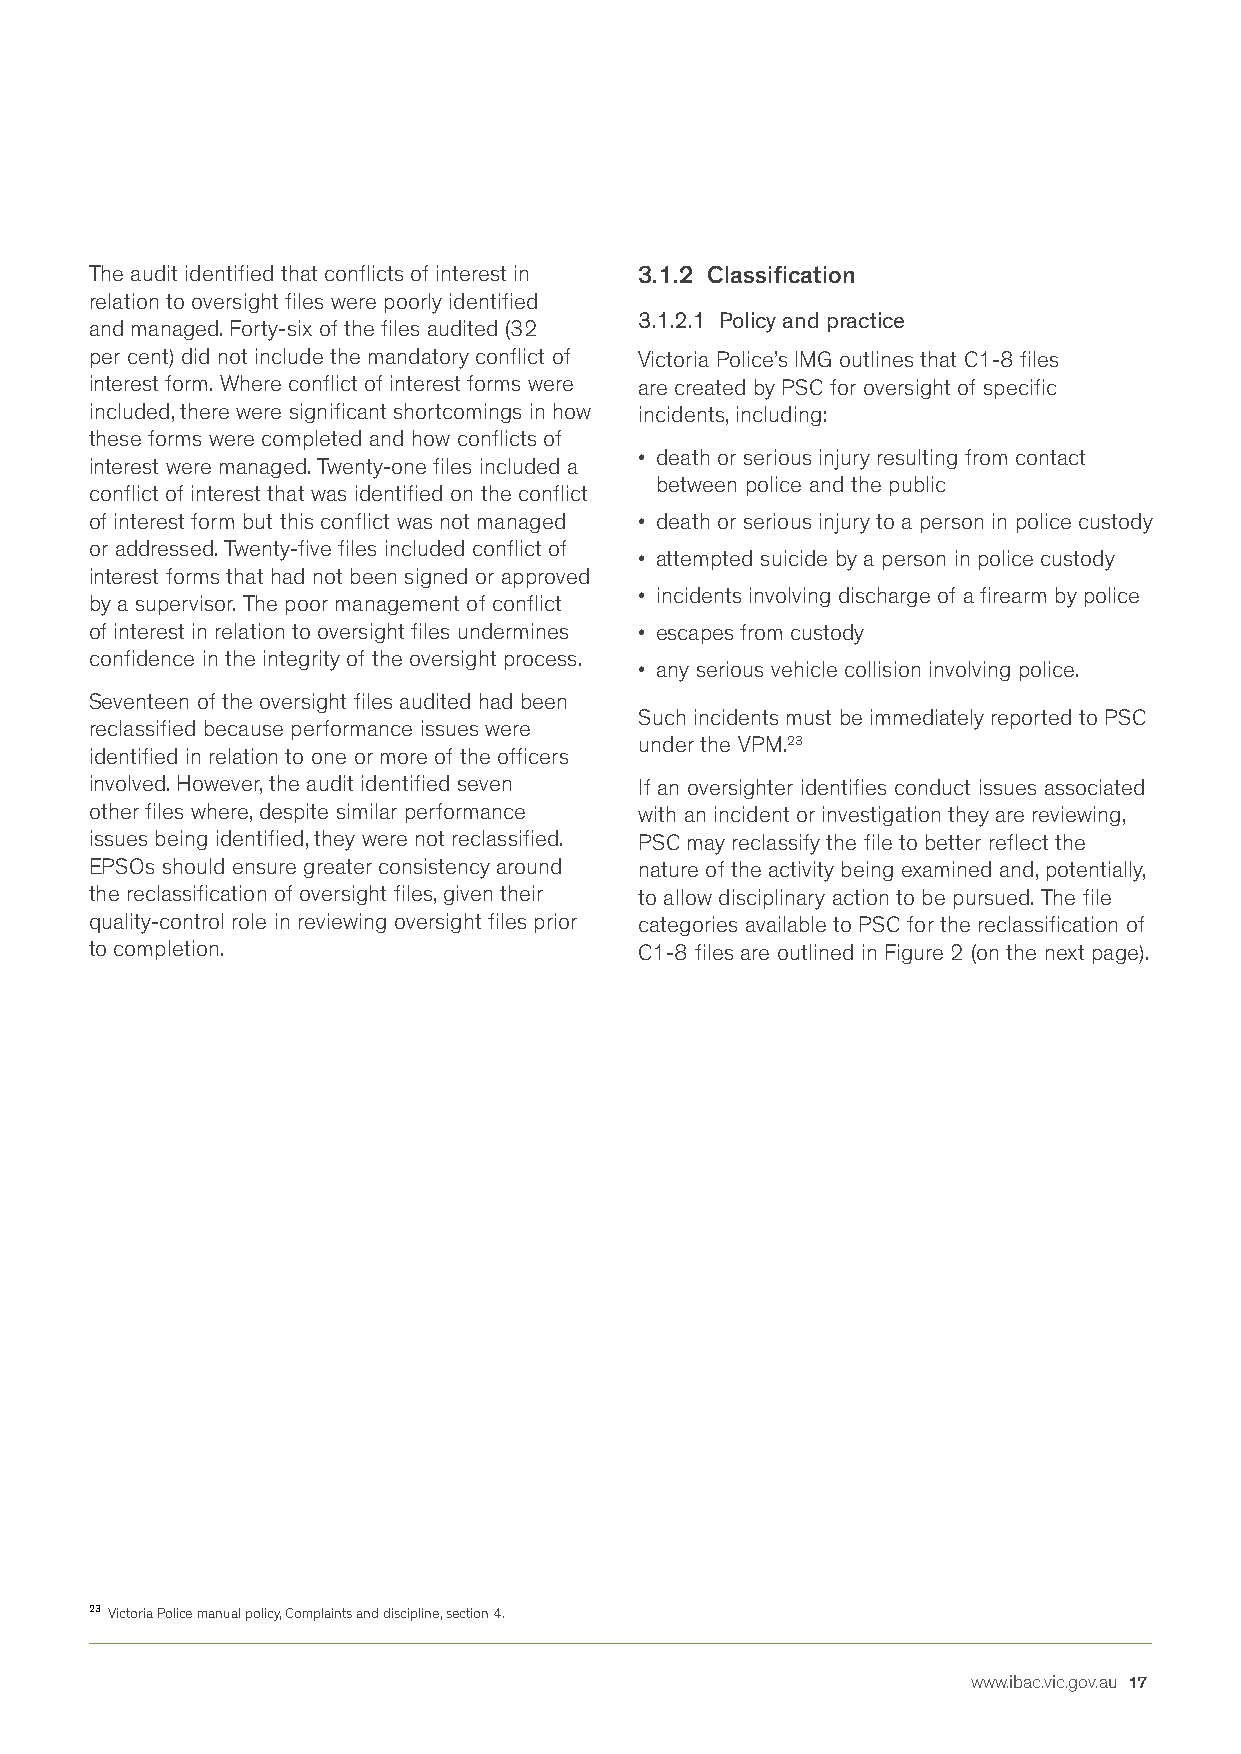
The audit identified that conflicts of interest in 3.1.2 Classification
 relation to oversight files were poorly identified
 3.1.2.1 Policy and practice
 and managed. Forty-six of the files audited (32
 per cent) did not include the mandatory conflict of Victoria Police’s IMG outlines that C1-8 files
 interest form. Where conflict of interest forms were are created by PSC for oversight of specific
 included, there were significant shortcomings in how incidents, including:
 these forms were completed and how conflicts of
 • death or serious injury resulting from contact
 interest were managed. Twenty-one files included a
 between police and the public
 conflict of interest that was identified on the conflict
 of interest form but this conflict was not managed • death or serious injury to a person in police custody
 or addressed. Twenty-five files included conflict of
 • attempted suicide by a person in police custody
 interest forms that had not been signed or approved
 • incidents involving discharge of a firearm by police
 by a supervisor. The poor management of conflict
 of interest in relation to oversight files undermines • escapes from custody
 confidence in the integrity of the oversight process.
 • any serious vehicle collision involving police.
 Seventeen of the oversight files audited had been
 Such incidents must be immediately reported to PSC
 reclassified because performance issues were
 under the VPM.23
 identified in relation to one or more of the officers
 involved. However, the audit identified seven If an oversighter identifies conduct issues associated
 other files where, despite similar performance with an incident or investigation they are reviewing,
 issues being identified, they were not reclassified. PSC may reclassify the file to better reflect the
 EPSOs should ensure greater consistency around nature of the activity being examined and, potentially,
 the reclassification of oversight files, given their to allow disciplinary action to be pursued. The file
 quality-control role in reviewing oversight files prior categories available to PSC for the reclassification of
 to completion.                      C1-8 files are outlined in Figure 2 (on the next page).
 23 Victoria Police manual policy, Complaints and discipline, section 4.
 www.ibac.vic.gov.au 17